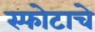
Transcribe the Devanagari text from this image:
स्फोटाचे